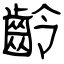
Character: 齡